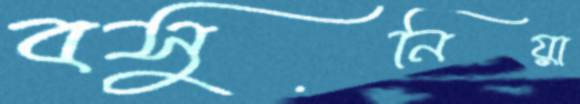
বসুনিয়া